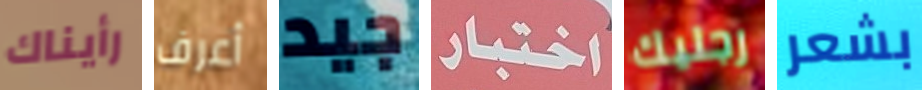
رأيناك أعرف جيد اختبار رجليك بشعر